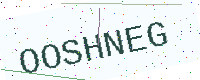
Text: OOSHNEG